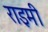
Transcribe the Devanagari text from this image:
राइमी